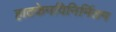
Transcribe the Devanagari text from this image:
हाटकेनविनिर्मितम